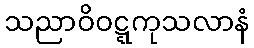
သညာဝိဝဋ္ဋကုသလာနံ